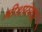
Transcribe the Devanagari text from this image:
श्रीशारंगधर